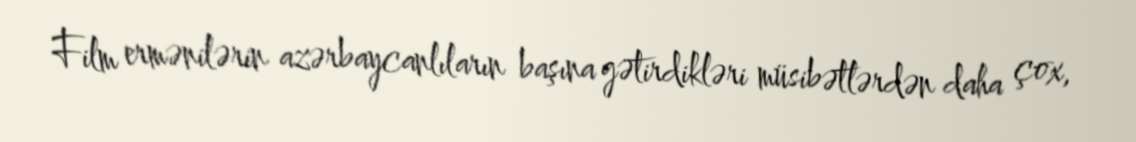
Film ermənilərin azərbaycanlıların başına gətirdikləri müsibətlərdən daha çox,